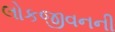
લોકજીવનની